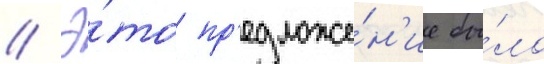
// Э́то пр'едложе́н'ие бы́ло